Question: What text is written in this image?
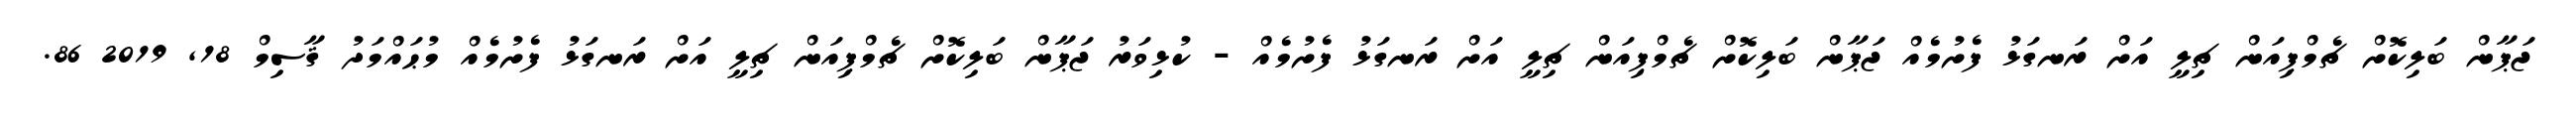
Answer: ޖަޕާން ބަލިކޮށް ޗެމްޕިއަން ޗިލީ އަށް ރަނގަޅު ފެށުމެއް ޖަޕާން ބަލިކޮށް ޗެމްޕިއަން ޗިލީ އަށް ރަނގަޅު ފެށުމެއް - ކުޅިވަރު ޖަޕާން ބަލިކޮށް ޗެމްޕިއަން ޗިލީ އަށް ރަނގަޅު ފެށުމެއް މުޙައްމަދު ޤާސިމް 18, 2019 86.